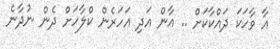
އާ ވާހަކަ ދައްކާކަށް .. އާން އަދި އަހަރެން ކްލާހަށް ދެން ނުދާނެ